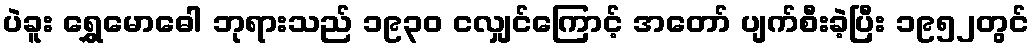
ပဲခူး ရွှေမောဓေါ ဘုရားသည် ၁၉၃၀ ငလျှင်ကြောင့် အတော် ပျက်စီးခဲ့ပြီး ၁၉၅၂တွင်